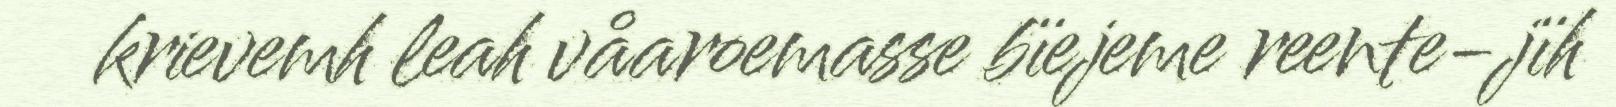
krievemh leah våaroemasse bïejeme reente-jïh